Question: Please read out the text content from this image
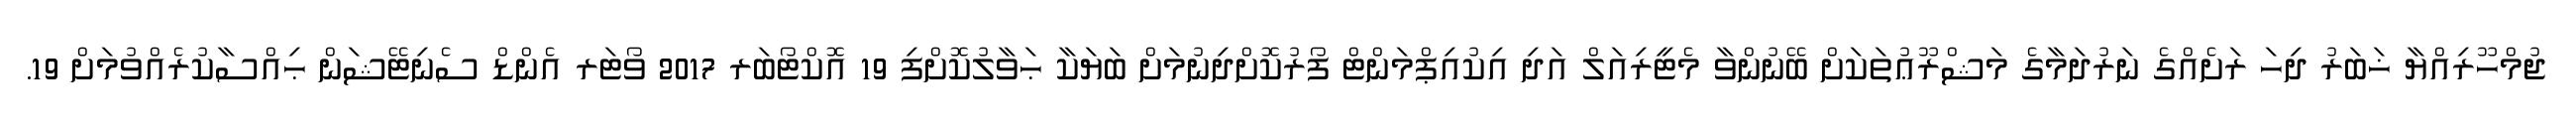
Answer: ޖުމްހޫރިއްޔާ ޚަބަރު ދިހަ ރަށެއްގެ ނަރުދަމާގެ މަޝްރޫޢުތަކަށް ބޭނުންވާ މެޓީރިއަލް އަދި އިކުއިޕްމަންޓް ފޯރުކޮށްދިނުމަށް ބަޔަކާ ޙަވާލުކޮށްފި 19 އޮކްޓޯބަރ 2017 ވޯޓަރ އެންޑް ސެނިޓޭޝަން ޙިއްސާކުރެއްވުމަށް 19.